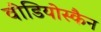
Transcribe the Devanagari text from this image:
वीडियोस्कैन